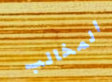
المخالب